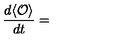
\frac { d \langle { \mathcal O } \rangle } { d t } =